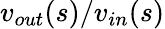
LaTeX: v_{out}(s)/v_{in}(s)